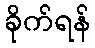
ခိုက်ရန်